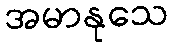
အမာနုသေ